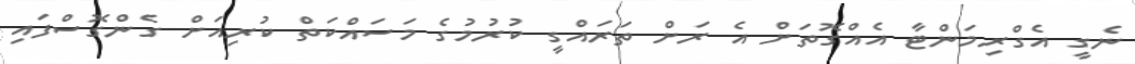
ނެގީ އެގްރިމަންޓާ އެއްގޮތަށް އެ ރަށް ތަރައްގީ ކުރުމުގެ މަސައްކަތް ކުރިއަށް ގެންގޮސްފައި